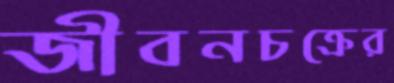
জীবনচক্রের